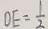
D E = \frac { 1 } { 2 }